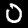
Digit: 0